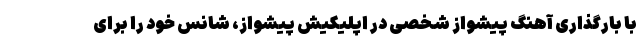
با بارگذاری آهنگ پیشواز شخصی در اپلیکیش پیشواز، شانس خود را برای